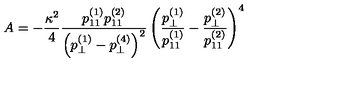
A = - \frac { \kappa ^ { 2 } } { 4 } \frac { p _ { 1 1 } ^ { ( 1 ) } p _ { 1 1 } ^ { ( 2 ) } } { \left( p _ { \perp } ^ { ( 1 ) } - p _ { \perp } ^ { ( 4 ) } \right) ^ { 2 } } \left( \frac { p _ { \perp } ^ { ( 1 ) } } { p _ { 1 1 } ^ { ( 1 ) } } - \frac { p _ { \perp } ^ { ( 2 ) } } { p _ { 1 1 } ^ { ( 2 ) } } \right) ^ { 4 }